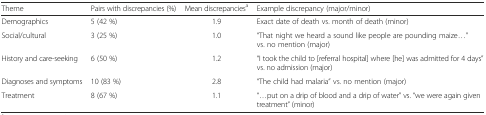
<table><thead><tr><td><b>Theme</b></td><td><b>Pairs with discrepancies (%)</b></td><td><b>Mean discrepancies<sup>a</sup></b></td><td><b>Example discrepancy (major/minor)</b></td></tr></thead><tbody><tr><td>Demographics</td><td>5 (42 %)</td><td>1.9</td><td>Exact date of death vs. month of death (minor)</td></tr><tr><td>Social/cultural</td><td>3 (25 %)</td><td>1.0</td><td>“That night we heard a sound like people are pounding maize...” vs. no mention (major)</td></tr><tr><td>History and care-seeking</td><td>6 (50 %)</td><td>1.2</td><td>“I took the child to [referral hospital] where [he] was admitted for 4 days” vs. no admission (major)</td></tr><tr><td>Diagnoses and symptoms</td><td>10 (83 %)</td><td>2.8</td><td>“The child had malaria” vs. no mention (major)</td></tr><tr><td>Treatment</td><td>8 (67 %)</td><td>1.1</td><td>“...put on a drip of blood and a drip of water” vs. “we were again given treatment” (minor)</td></tr></tbody></table>